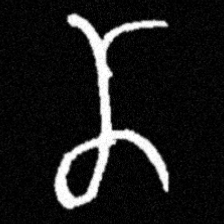
Pyu character \u2014 Myanmar letter: ဏ (romanized: nna)